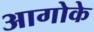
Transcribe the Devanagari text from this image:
आगोके